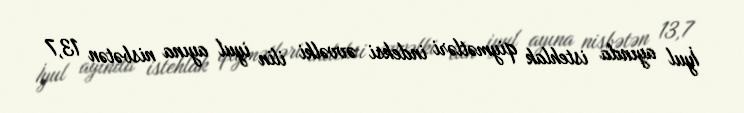
İyul ayında istehlak qiymətləri indeksi əvvəlki ilin iyul ayına nisbətən 13,7